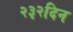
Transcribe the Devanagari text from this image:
२३२दिन